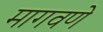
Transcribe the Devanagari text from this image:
मागवणे